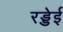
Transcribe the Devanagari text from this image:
रड्डेई